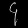
Digit: ၄